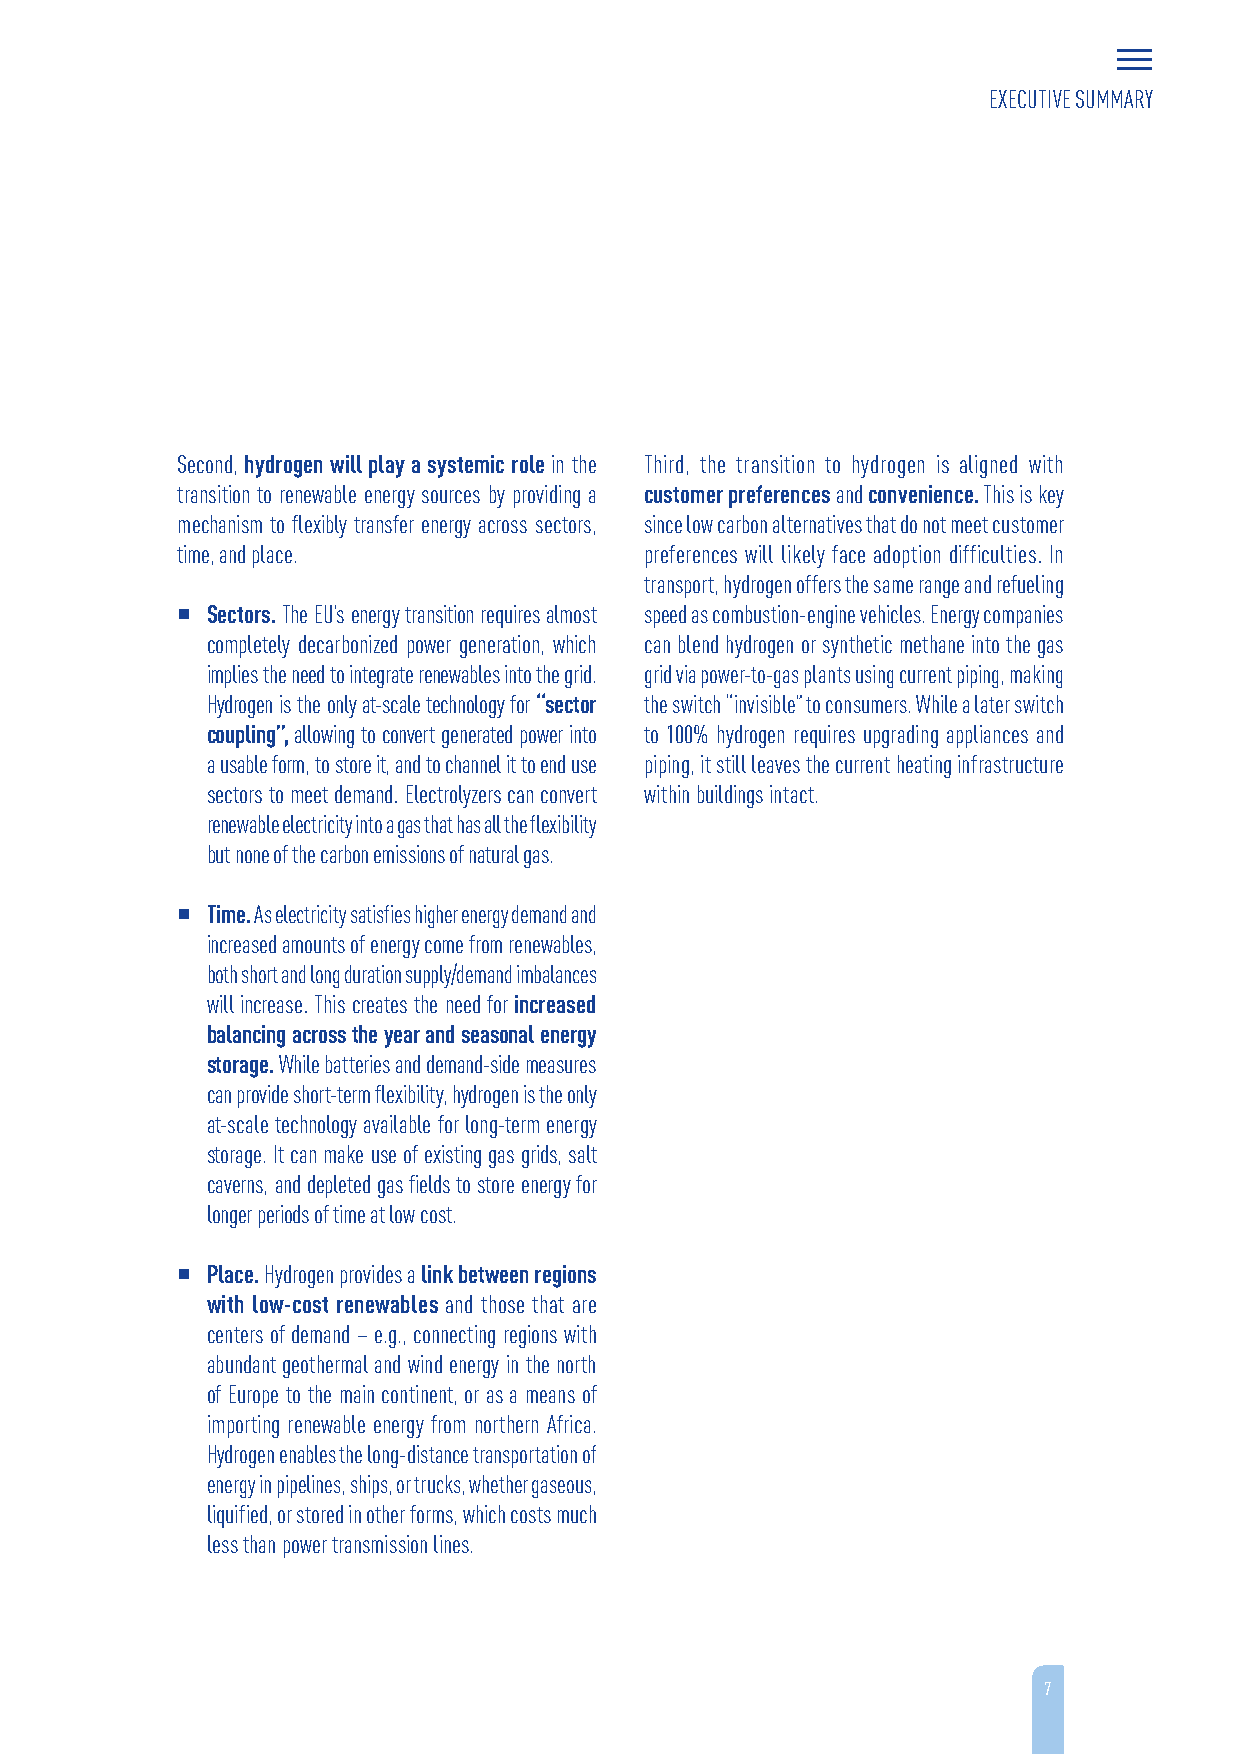
EXECUTIVE SUMMARY
 Second, hydrogen will play a systemic role in the Third, the transition to hydrogen is aligned with
 transition to renewable energy sources by providing a customer preferences and convenience. This is key
 mechanism to flexibly transfer energy across sectors, since low carbon alternatives that do not meet customer
 time, and place.               preferences will likely face adoption difficulties. In
 transport, hydrogen offers the same range and refueling
  Sectors. The EU’s energy transition requires almost speed as combustion-engine vehicles. Energy companies
 completely decarbonized power generation, which can blend hydrogen or synthetic methane into the gas
 implies the need to integrate renewables into the grid. grid via power-to-gas plants using current piping, making
 Hydrogen is the only at-scale technology for “sector the switch “invisible” to consumers. While a later switch
 coupling”, allowing to convert generated power into to 100% hydrogen requires upgrading appliances and
 a usable form, to store it, and to channel it to end use piping, it still leaves the current heating infrastructure
 sectors to meet demand. Electrolyzers can convert within buildings intact.
 renewable electricity into a gas that has all the flexibility
 but none of the carbon emissions of natural gas.
  Time. As electricity satisfies higher energy demand and
 increased amounts of energy come from renewables,
 both short and long duration supply/demand imbalances
 will increase. This creates the need for increased
 balancing across the year and seasonal energy
 storage. While batteries and demand-side measures
 can provide short-term flexibility, hydrogen is the only
 at-scale technology available for long-term energy
 storage. It can make use of existing gas grids, salt
 caverns, and depleted gas fields to store energy for
 longer periods of time at low cost.
  Place. Hydrogen provides a link between regions
 with low-cost renewables and those that are
 centers of demand – e.g., connecting regions with
 abundant geothermal and wind energy in the north
 of Europe to the main continent, or as a means of
 importing renewable energy from northern Africa.
 Hydrogen enables the long-distance transportation of
 energy in pipelines, ships, or trucks, whether gaseous,
 liquified, or stored in other forms, which costs much
 less than power transmission lines.
 7